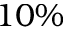
1 0 \%